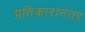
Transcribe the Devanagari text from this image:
प्रतिकारानंतर